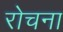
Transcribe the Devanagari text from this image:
रोचना